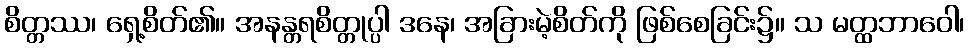
စိတ္တဿ၊ ရှေ့စိတ်၏။ အနန္တရစိတ္တုပ္ပါ ဒနေ၊ အခြားမဲ့စိတ်ကို ဖြစ်စေခြင်း၌။ သ မတ္ထဘာဝေါ၊